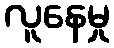
လူနေမှု